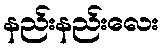
နည်းနည်းလေး